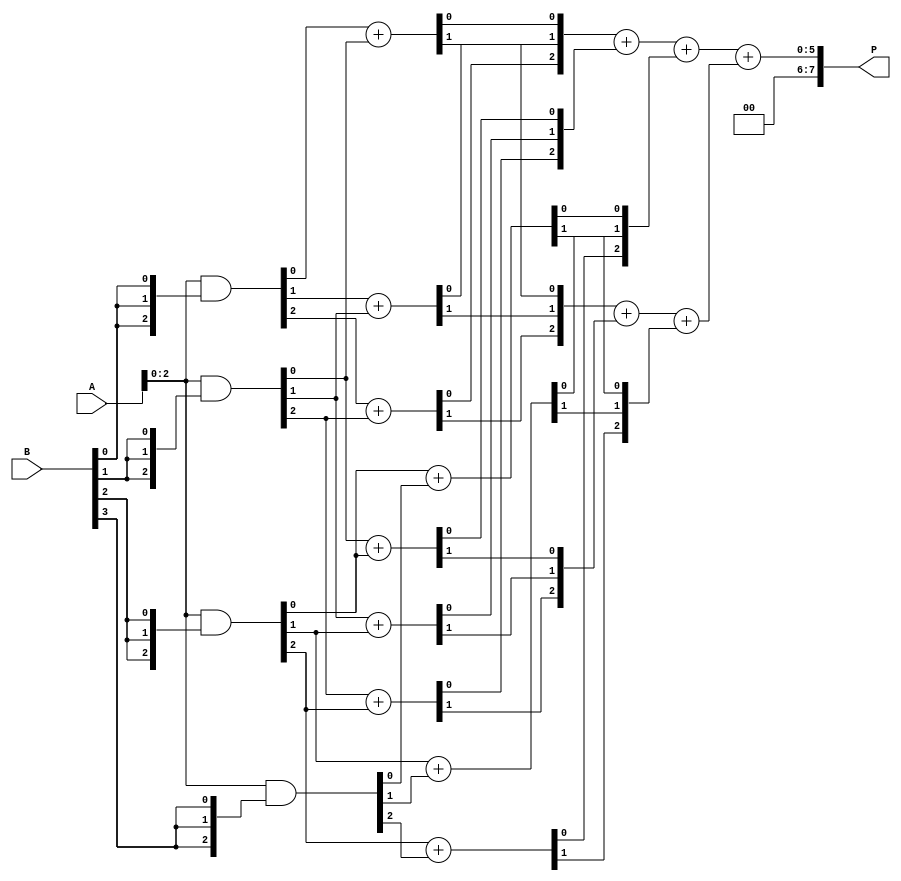
module wallace_tree_multiplier #(parameter N = 4) (
    input [N-1:0] A,
    input [N-1:0] B,
    output [2*N-1:0] P
);

    // Partial Product Generation
    wire [N-1:0] pp [0:N-1]; // Partial products
    genvar i, j;
    generate
        for (i = 0; i < N; i = i + 1) begin : pp_gen
            assign pp[i] = A & {N{B[i]}}; // AND operation to generate partial products
        end
    endgenerate

    // Reduction Stage (Wallace Tree)
    wire [N-1:0] sum [0:N-1];
    wire [N-1:0] carry [0:N-1];
    
    // Initializing the first stage of reduction
    generate
        for (i = 0; i < N; i = i + 1) begin : reduction_stage
            if (i < N-1) begin
                // Half Adder for the first two bits of the partial products
                assign {carry[i][0], sum[i][0]} = pp[i][0] + pp[i+1][0];
                assign {carry[i][1], sum[i][1]} = pp[i][1] + pp[i+1][1];
                assign {carry[i][2], sum[i][2]} = pp[i][2] + pp[i+1][2];
                // Continue for all bits
            end
        end
    endgenerate

    // Further reduction stages
    // This part would typically involve multiple stages of reduction
    // Here we simplify by just combining the results of the first stage
    wire [N:0] final_sum;
    wire [N:0] final_carry;

    assign final_sum = sum[0] + sum[1] + sum[2]; // Example addition of reduced rows
    assign final_carry = carry[0] + carry[1] + carry[2];

    // Final addition stage
    assign P = final_sum + final_carry;

endmodule